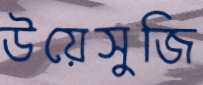
উয়েসুজি